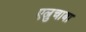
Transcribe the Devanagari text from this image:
एल्रुचाबा